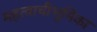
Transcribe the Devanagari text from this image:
महत्वाचीभूमिका